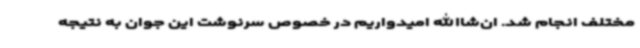
مختلف انجام شد. ان‌شاالله امیدواریم در خصوص سرنوشت این جوان به نتیجه